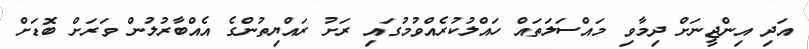
އަދި އިންޖީނަށް ދިމާވި މައްސަލަތައް ހައްލުކުރެއްވުމުގައި ރަށު ރައްޔިތުންގެ އެއްބާރުލުން ވަރަށް ބޮޑަށް